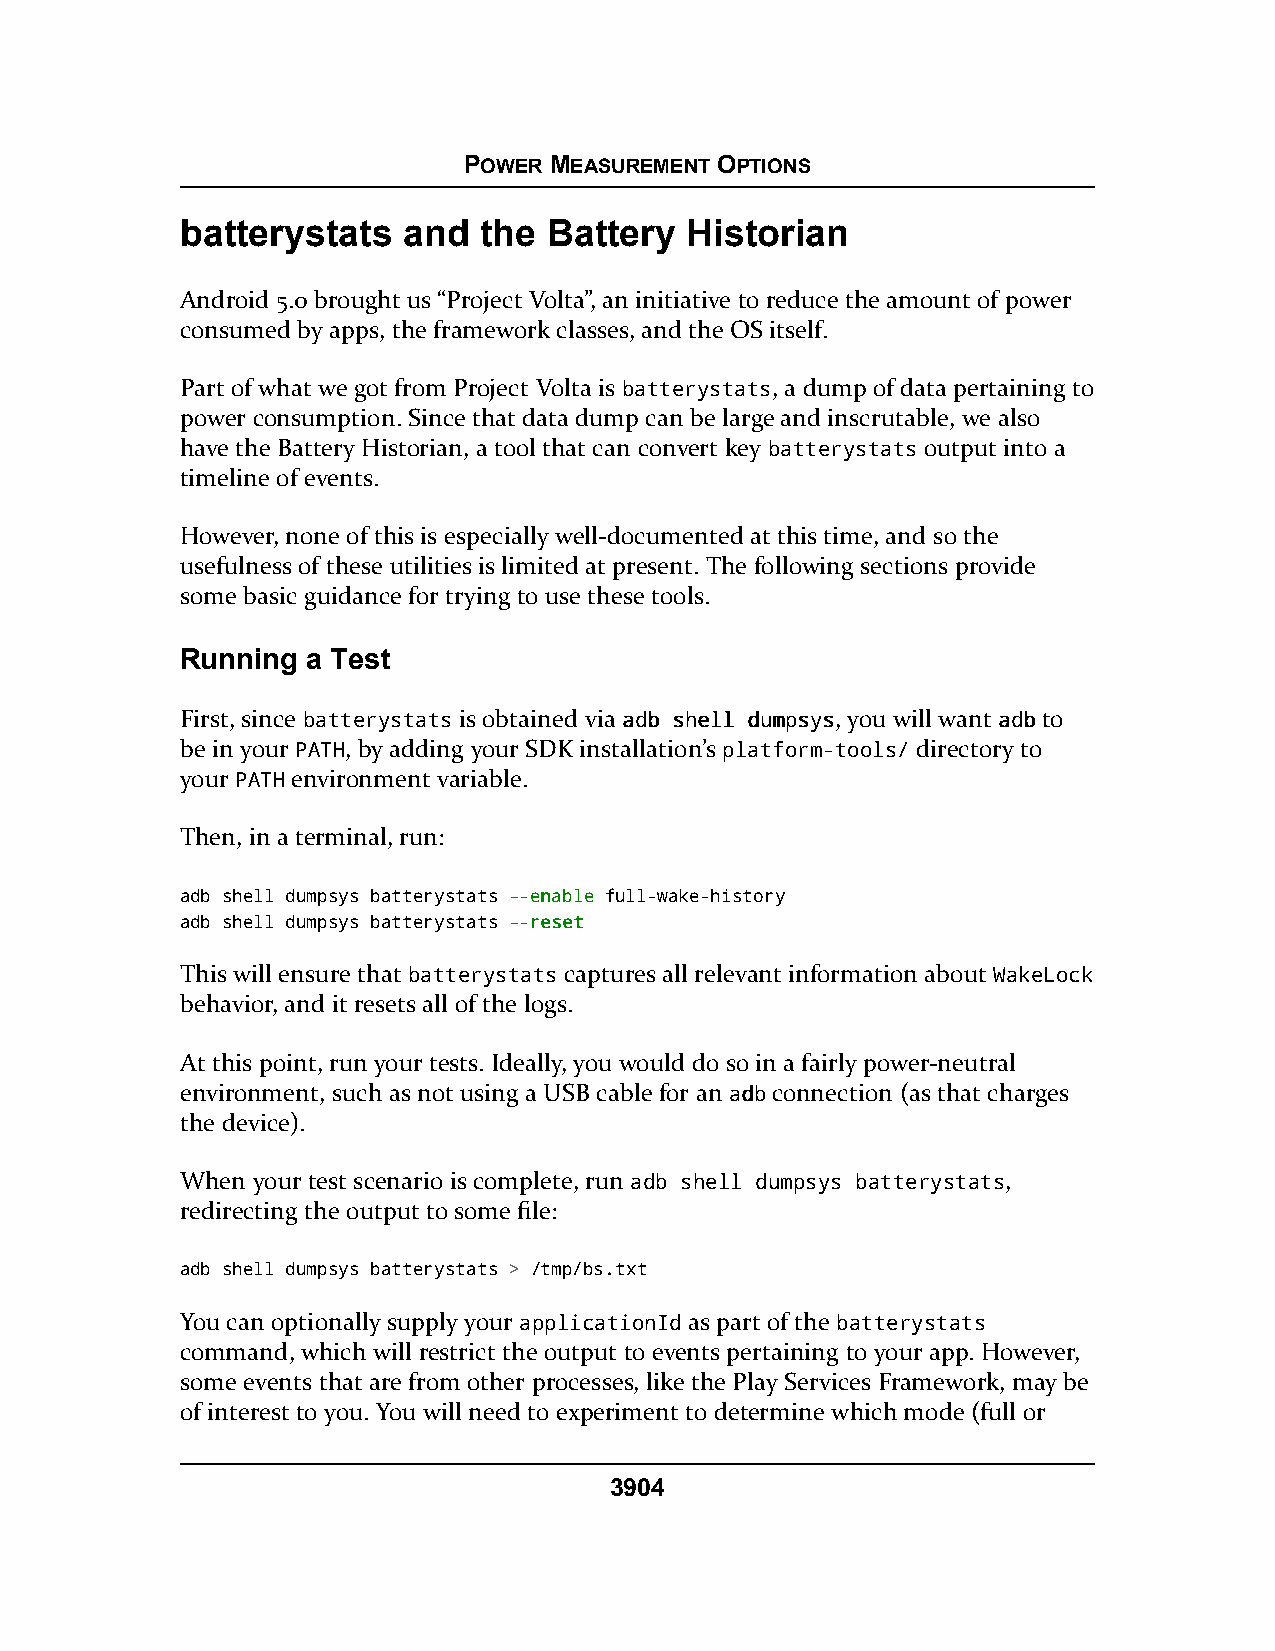
POWER MEASUREMENT OPTIONS
 batterystats   and  the Battery  Historian
 Android 5.0 brought us “Project Volta”, an initiative to reduce the amount of power
 consumed by apps, the framework classes, and the OS itself.
 Part of what we got from Project Volta is batterystats, a dump of data pertaining to
 power consumption. Since that data dump can be large and inscrutable, we also
 have the Battery Historian, a tool that can convert key batterystats output into a
 timeline of events.
 However, none of this is especially well-documented at this time, and so the
 usefulness of these utilities is limited at present. The following sections provide
 some basic guidance for trying to use these tools.
 Running a Test
 First, since batterystats is obtained via aaddbb sshheellll dduummppssyyss, you will want aaddbbto
 be in your PATH, by adding your SDK installation’s platform-tools/ directory to
 your PATH environment variable.
 Then, in a terminal, run:
 adb shell dumpsys batterystats ----eennaabbllee full-wake-history
 adb shell dumpsys batterystats ----rreesseett
 This will ensure that batterystats captures all relevant information about WakeLock
 behavior, and it resets all of the logs.
 At this point, run your tests. Ideally, you would do so in a fairly power-neutral
 environment, such as not using a USB cable for an aaddbbconnection (as that charges
 the device).
 When your test scenario is complete, run aaddbb sshheellll dduummppssyyss bbaatttteerryyssttaattss,
 redirecting the output to some file:
 adb shell dumpsys batterystats > /tmp/bs.txt
 You can optionally supply your applicationId as part of the batterystats
 command, which will restrict the output to events pertaining to your app. However,
 some events that are from other processes, like the Play Services Framework, may be
 of interest to you. You will need to experiment to determine which mode (full or
 3904